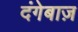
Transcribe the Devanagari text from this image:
दंगेबाज़